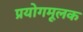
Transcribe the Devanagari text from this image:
प्रयोगमूलक